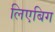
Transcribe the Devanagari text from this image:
लिएबिग